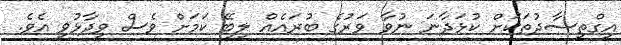
އިގްތިސާދުތަކަށް ކުޅަދާނަ ނުވާ ވަރުގެ ބުރައެއް ލިބޭ ކަމަށް ވެސް ވިދާޅުވި އެވެ.